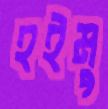
হইমু